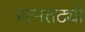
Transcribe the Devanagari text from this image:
रत्नतट्यो